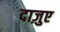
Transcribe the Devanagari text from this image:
दाज़ुए